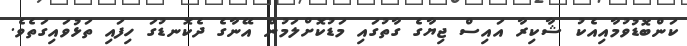
ކަންބޮޑުވުމާއިއެކު ޝާކިރާ އައިސް ޖިޔާގެ ގާތުގައި މަޑުކޮށްލަމުން އޭނާގެ ދެކޮނޑުގަ ހިފައި ތަޅުވައިގަތެވެ.